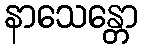
နာသေန္တော